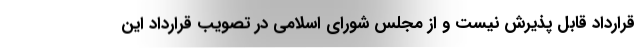
قرارداد قابل پذیرش نیست و از مجلس شورای اسلامی در تصویب قرارداد این